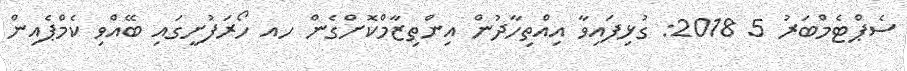
ސެޕްޓެމްބަރު 5 2018: ގުޅިފައިވާ އިއްތިހާދުން އިންތިޒާމްކޮށްގެން ހއ ހޯރަފުށީގައި ބޭއްވި ކެމްޕެއިން